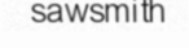
sawsmith